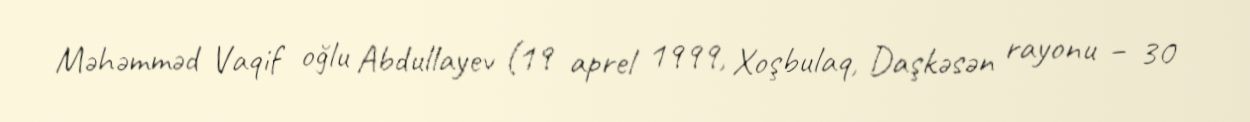
Məhəmməd Vaqif oğlu Abdullayev (19 aprel 1999, Xoşbulaq, Daşkəsən rayonu – 30